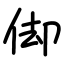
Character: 㑢